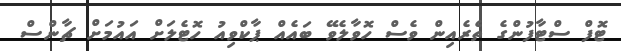
ޓޮފް ސްޓާފުންގެ ތެރެއިން ވެސް ހޮވާލެވޭ ބައެއް ޕާކްވިއު ހޮޓެލަށް އައުމަށް ޗާންސް